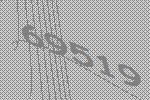
69519